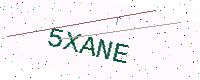
Text: 5XANE